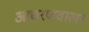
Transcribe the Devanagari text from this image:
आचरणवाला